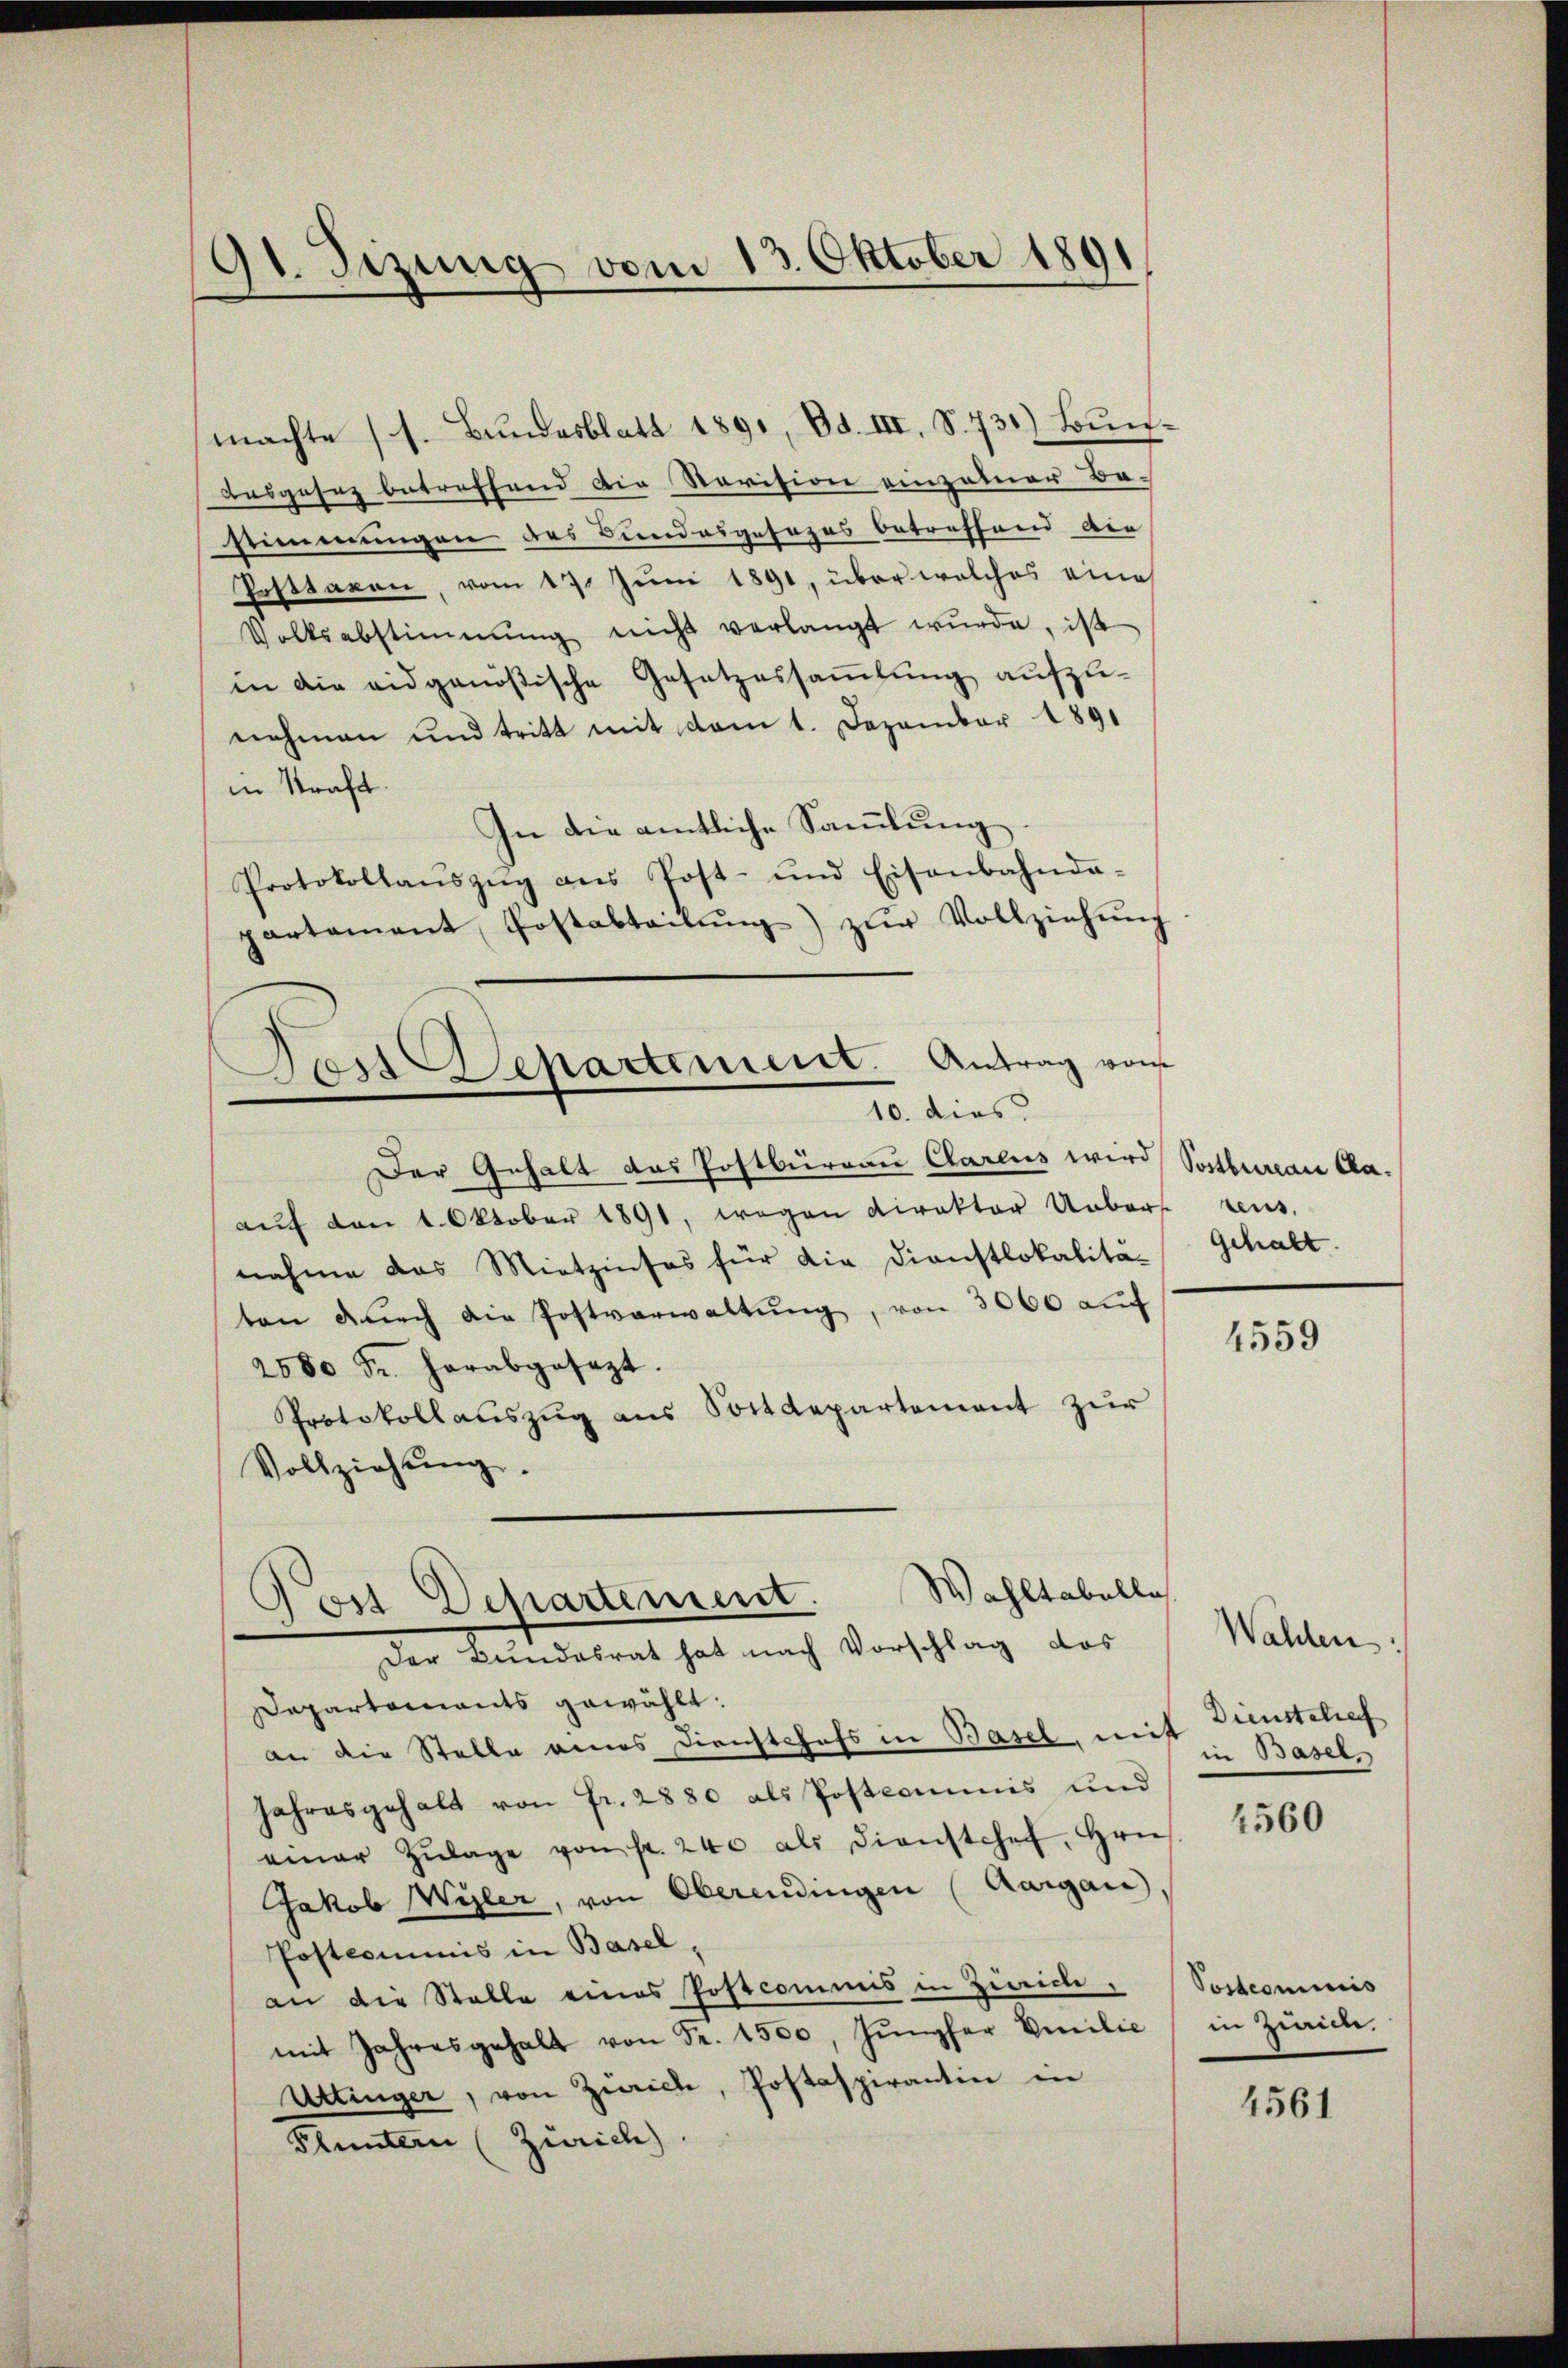
91. Sizung vom 13. Oktober 1891

machte (s. Bundesblatt 1891, Bd. III, S. 731) Bun¬
Basgesez betreffend die Revision einzelner Be-
stimmungen des Bundesgesezes betreffend die
Posttaxon, vom 17. Juni 1891, über welches eine
Volksabstimmung nicht verlangt wŭrde, ist
in die eidgenößische Gesetzessaṁlŭng aufzu-
nehmen und tritt mit dem 1. Dezember 1891
in Kraft.
In die amtliche Sammlung.
Protokollaŭszŭg ans Post- und Eisenbahnda-
partamant Postabteilŭng zŭr Vollziehŭng
Der Gehalt das Postbürgau Clarens wird Postbureau Caaŭf den 1. Oktober 1891, wegen Direktor Uebers rens.
nahme das Mietzinses für die Dienstlokalität gehalt
ten dŭrch die Postverwaltŭng, von 3000 auf
2500 Fr. herabgesezt.
Protokollauszug aus Sostdepartement zur
Vollziehŭng.
Wahltabelle
Post Departement.
Der Bundesrat hat nach Vorschlag das
Departaments gewählt:
an die Stelle eines Dienstchefs in Basel, nicht. Basel,
Jahresgehalt von Fr. 2880 als Postcommis und
einer Zŭlage von fr. 240 als dienstchef, Hrn.
Jakob Wyler, von Oberendingen (Aargau,
Postcommis in Basel,
an die Stelle eines Postcommis in Zürich Postcommis
mit Jahresgehalt von Fr. 1500, Jŭngfer Emilie in Zürich.
Uttinger, von Zürich, Postaspirantin in
Pluntern (Zürich)

Das Stepartement. Antrag von
10. dies

4559

Walden
Dienstelief

4560

4561